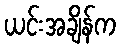
ယင်းအချိန်က